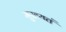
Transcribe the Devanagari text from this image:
मुख्यतं